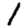
Digit: 1